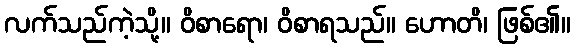
လက်သည်ကဲ့သို့။ ဝိစာရော၊ ဝိစာရသည်။ ဟောတိ၊ ဖြစ်၏။